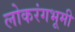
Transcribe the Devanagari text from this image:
लोकरंगभूमी